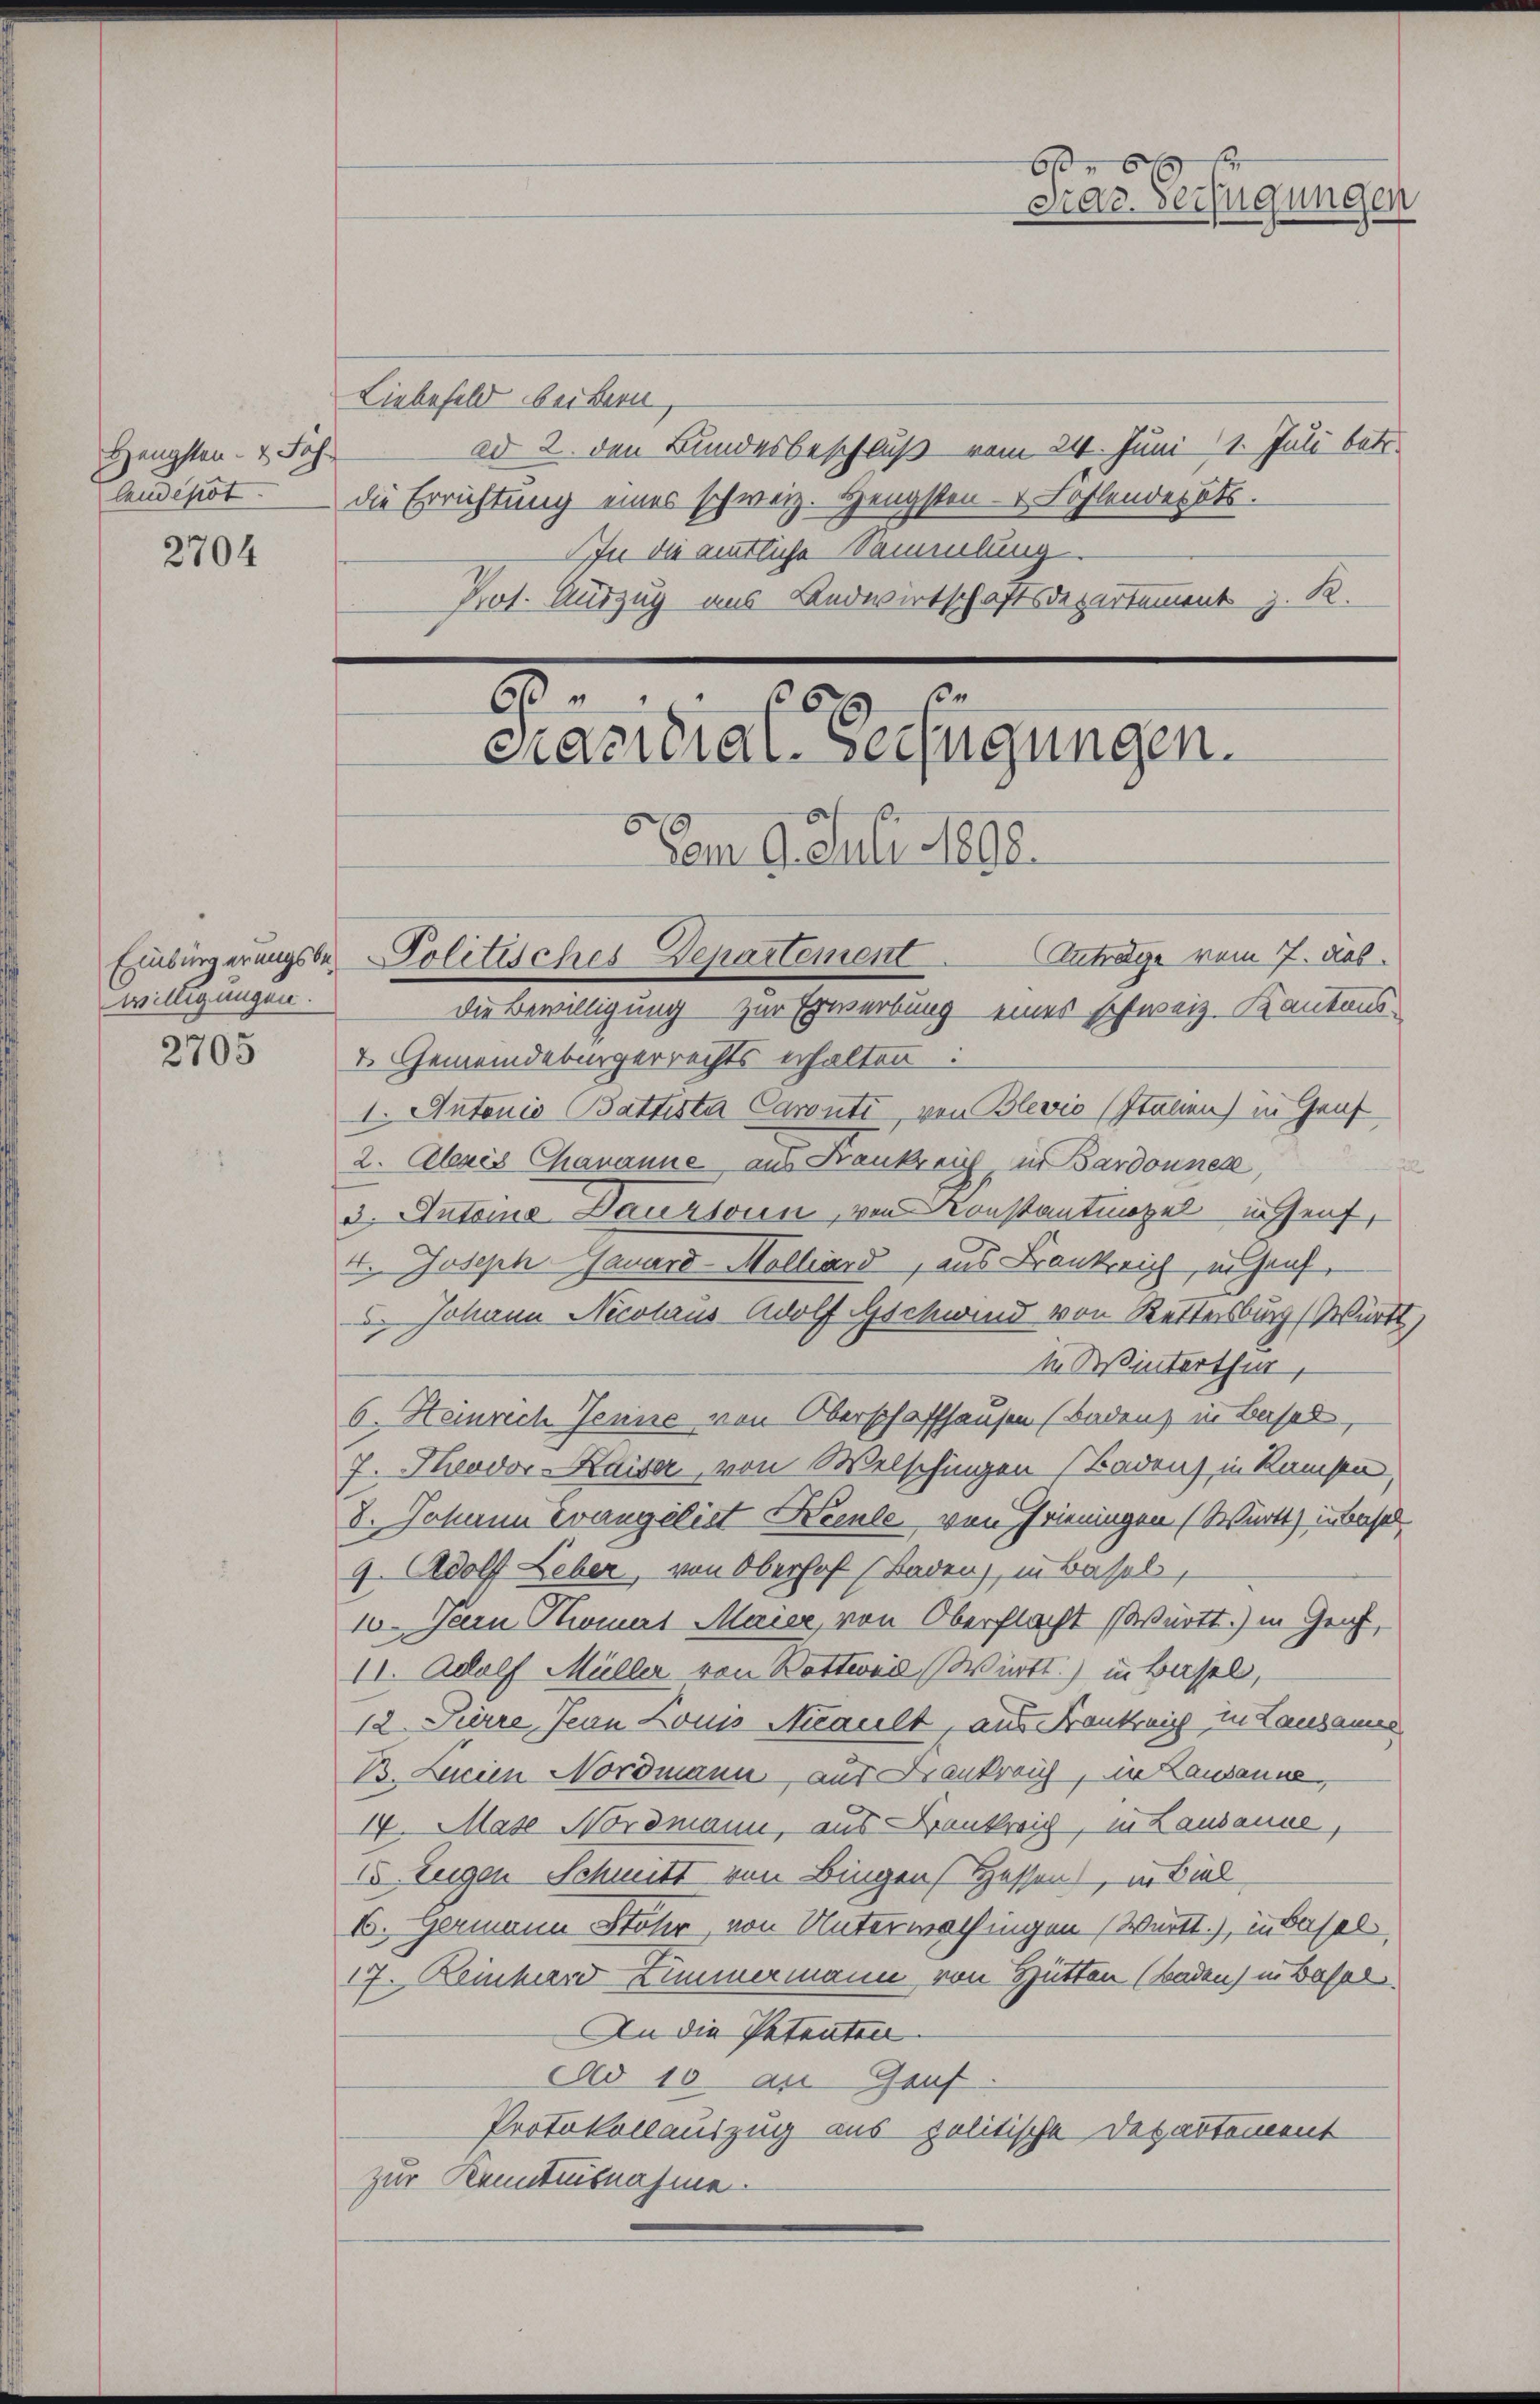
Hengsten- & Fahr
Claudepot

2704

willigungen.

2705

Liebefeld beidern,
ad 2. den Bundesbeschluß vom 24. Juni 1. Juli betr.
die Errichtung eines schweiz. Hengsten - v Fohlendes St.
In die amtliche Sammlung.
Prot. Auszug aus Andwirtschaftsdepartement z. R.

Am 9. Juli 1892.
Einbürgerungsbe- Politisches Departement Antrage vom 7. dab
die Bewilligung zur Erwerbung eines schweiz. Kantonsv. Gemeindebürgerrechts erhalten:
1. Antonio Battista Caronti von Blevio (Italien) in Genf
2. Chris Chananne aus Frankreich, in Bardonnes,
¬
3. Antoine Daustouen, von Konstantinopel uns enf
4. Joseph Gauard-Mollard, aus Bankreich in Graf,
 Johann Nicolaus Adolf Gschwind von Kettersburg Württ
in Winterthur,
6. Heinrech Jenne von Oberschaffhausen (Baden, in Basel,
7. Theodor Kaiser, von Welschingen Baden) in Ramsen,
8. Johann Evangelist Krente von Frieningen (Württ) in Basel
9. Adolf Leber, von Oberhof Baden, in Basel,
10. Jann Thomas Maier, von Oberflacht Württ.) in Genf,
II. Adolf Müller von Bottweil Württ.) in Basel,
12 Pierre Jean Louis Nicault, aus Frankreich in Landamner
B. Beien Nordmann, aus Krankrauf, in Lausanne,
IV. Mase Nordmann, aus Bankreich, in Lausanne,
2. Zugen Schmitt von Bingen Hessen, in Biel
I. Hermann Stater, von Unterwolfingen (Württ.), in Basel
17. Reinhard Zimmermann von Hütten (Baden) in Basel
An die Petenten.
Ad 10 an Genf.
Protokollauszug aus politische Departement
zur Kenntnisnahme.

3 60
.
cracidial-Verfügungen.

6x
Mar. Verfügungen